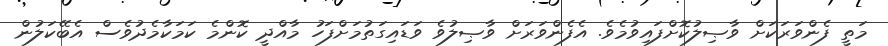
މަތީ ފެންވަރަކަށް ވާޞިލުކޮށްފައިވުމެވެ. އެފެންވަރަށް ވާޞިލުވެ ވަޑައިގަތުމަށްފަހު މާއްދީ ކޮންމެ ކަމަކާމެދުވެސް އެބޭކަލުން